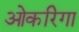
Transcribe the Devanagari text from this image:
ओकरिगा